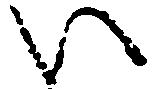
い